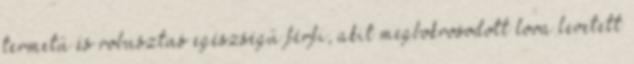
termetű és robusztus egészségű férfi, akit megbokrosodott lova levetett